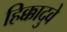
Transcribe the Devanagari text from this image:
हिक्कादुवे